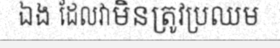
ឯង ដែលវាមិនត្រូវប្រឈម